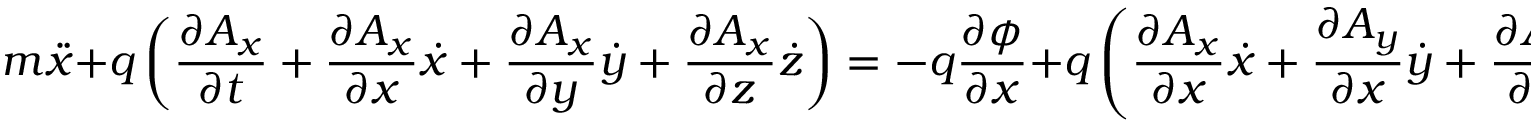
m { \ddot { x } } + q \left( { \frac { \partial A _ { x } } { \partial t } } + { \frac { \partial A _ { x } } { \partial x } } { \dot { x } } + { \frac { \partial A _ { x } } { \partial y } } { \dot { y } } + { \frac { \partial A _ { x } } { \partial z } } { \dot { z } } \right) = - q { \frac { \partial \phi } { \partial x } } + q \left( { \frac { \partial A _ { x } } { \partial x } } { \dot { x } } + { \frac { \partial A _ { y } } { \partial x } } { \dot { y } } + { \frac { \partial A _ { z } } { \partial x } } { \dot { z } } \right)